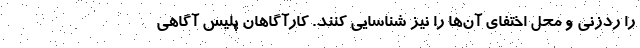
را ردزنی و محل اختفای آن‌ها را نیز شناسایی کنند. کارآگاهان پلیس آگاهی